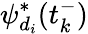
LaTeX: \psi_{d_{i}}^{*}(t_{k}^{-})